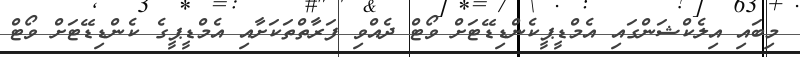
މިބައި އިލެކްޝަންގައި އެމްޑީޕީކެންޑިޑޭޓަށް ވޯޓް ދެއްވި ފަރާތްތަކަށާއި އެމްޑީޕީގެ ކެންޑިޑޭޓަށް ވޯޓް